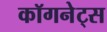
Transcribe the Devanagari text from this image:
कॉगनेट्स